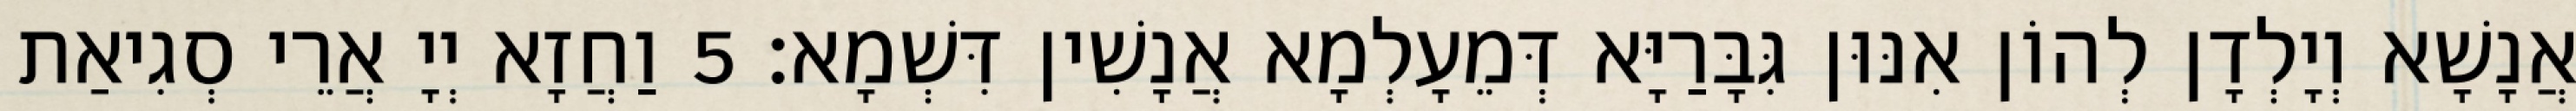
אֲנָשָׁא וְיָלְדָן לְהוֹן אִנּוּן גִּבָּרַיָּא דְּמֵעָלְמָא אֲנָשִׁין דִּשְׁמָא׃ 5 וַחֲזָא יְיָ אֲרֵי סְגִיאַת